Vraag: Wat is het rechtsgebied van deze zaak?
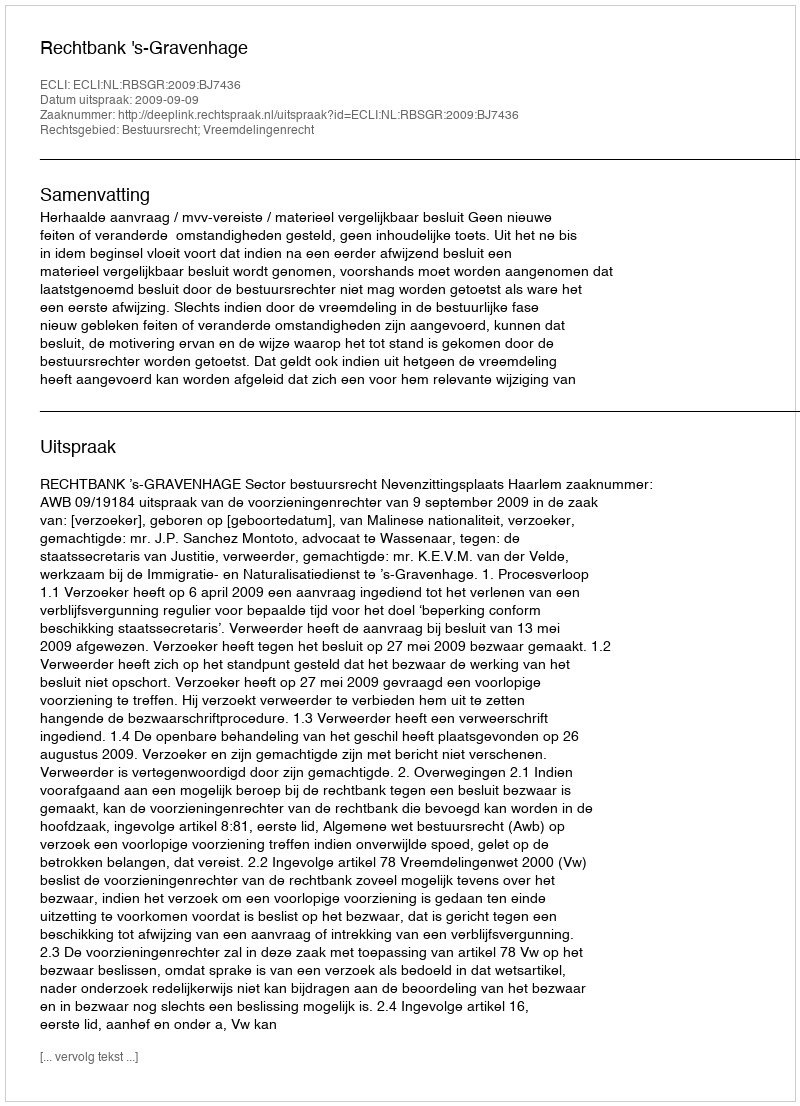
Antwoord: Bestuursrecht; Vreemdelingenrecht